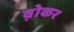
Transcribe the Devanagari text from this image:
व़ोकर